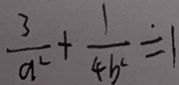
\frac { 3 } { a ^ { 2 } } + \frac { 1 } { 4 b ^ { 2 } } = 1